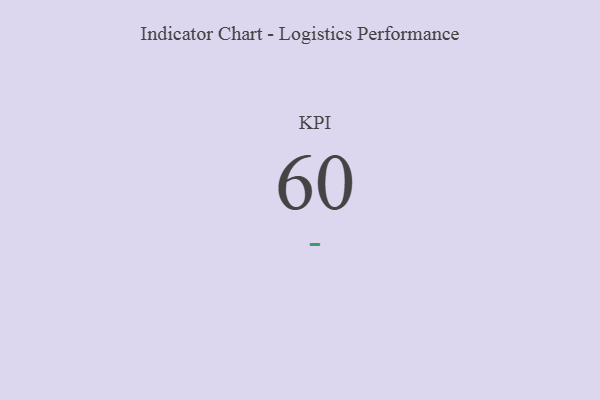
{"axis": {"x": "KPI", "y": "Value"}, "legend": [""], "data": [{"x": "KPI", "y": 60, "type": ""}]}